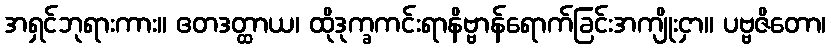
အရှင်ဘုရားကား။ ဧတဒတ္ထာယ၊ ထိုဒုက္ခကင်းရာနိဗ္ဗာန်ရောက်ခြင်းအကျိုးငှာ။ ပဗ္ဗဇိတော၊